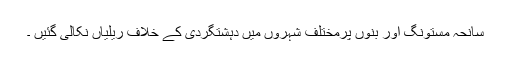
سانحہ مستونگ اور بنوں پرمختلف شہروں میں دہشتگردی کے خلاف ریلیاں نکالی گئیں ۔